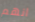
انهم